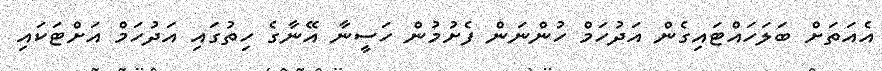
އެއަތަށް ބަލަހައްޓައިގެން އަދުހަމް ހުންނަން ފެށުމުން ހަސީނާ އޭނާގެ ހިތުގައި އަދުހަމް އަށްޓަކައި